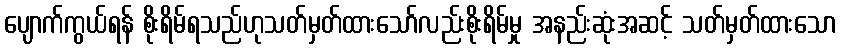
ပျောက်ကွယ်ရန် စိုးရိမ်ရသည်ဟုသတ်မှတ်ထားသော်လည်းစိုးရိမ်မှု အနည်းဆုံးအဆင့် သတ်မှတ်ထားသော